65_HS1-834228961_62-HQ-83894_Serial_130
Agency: FBI
Page 90
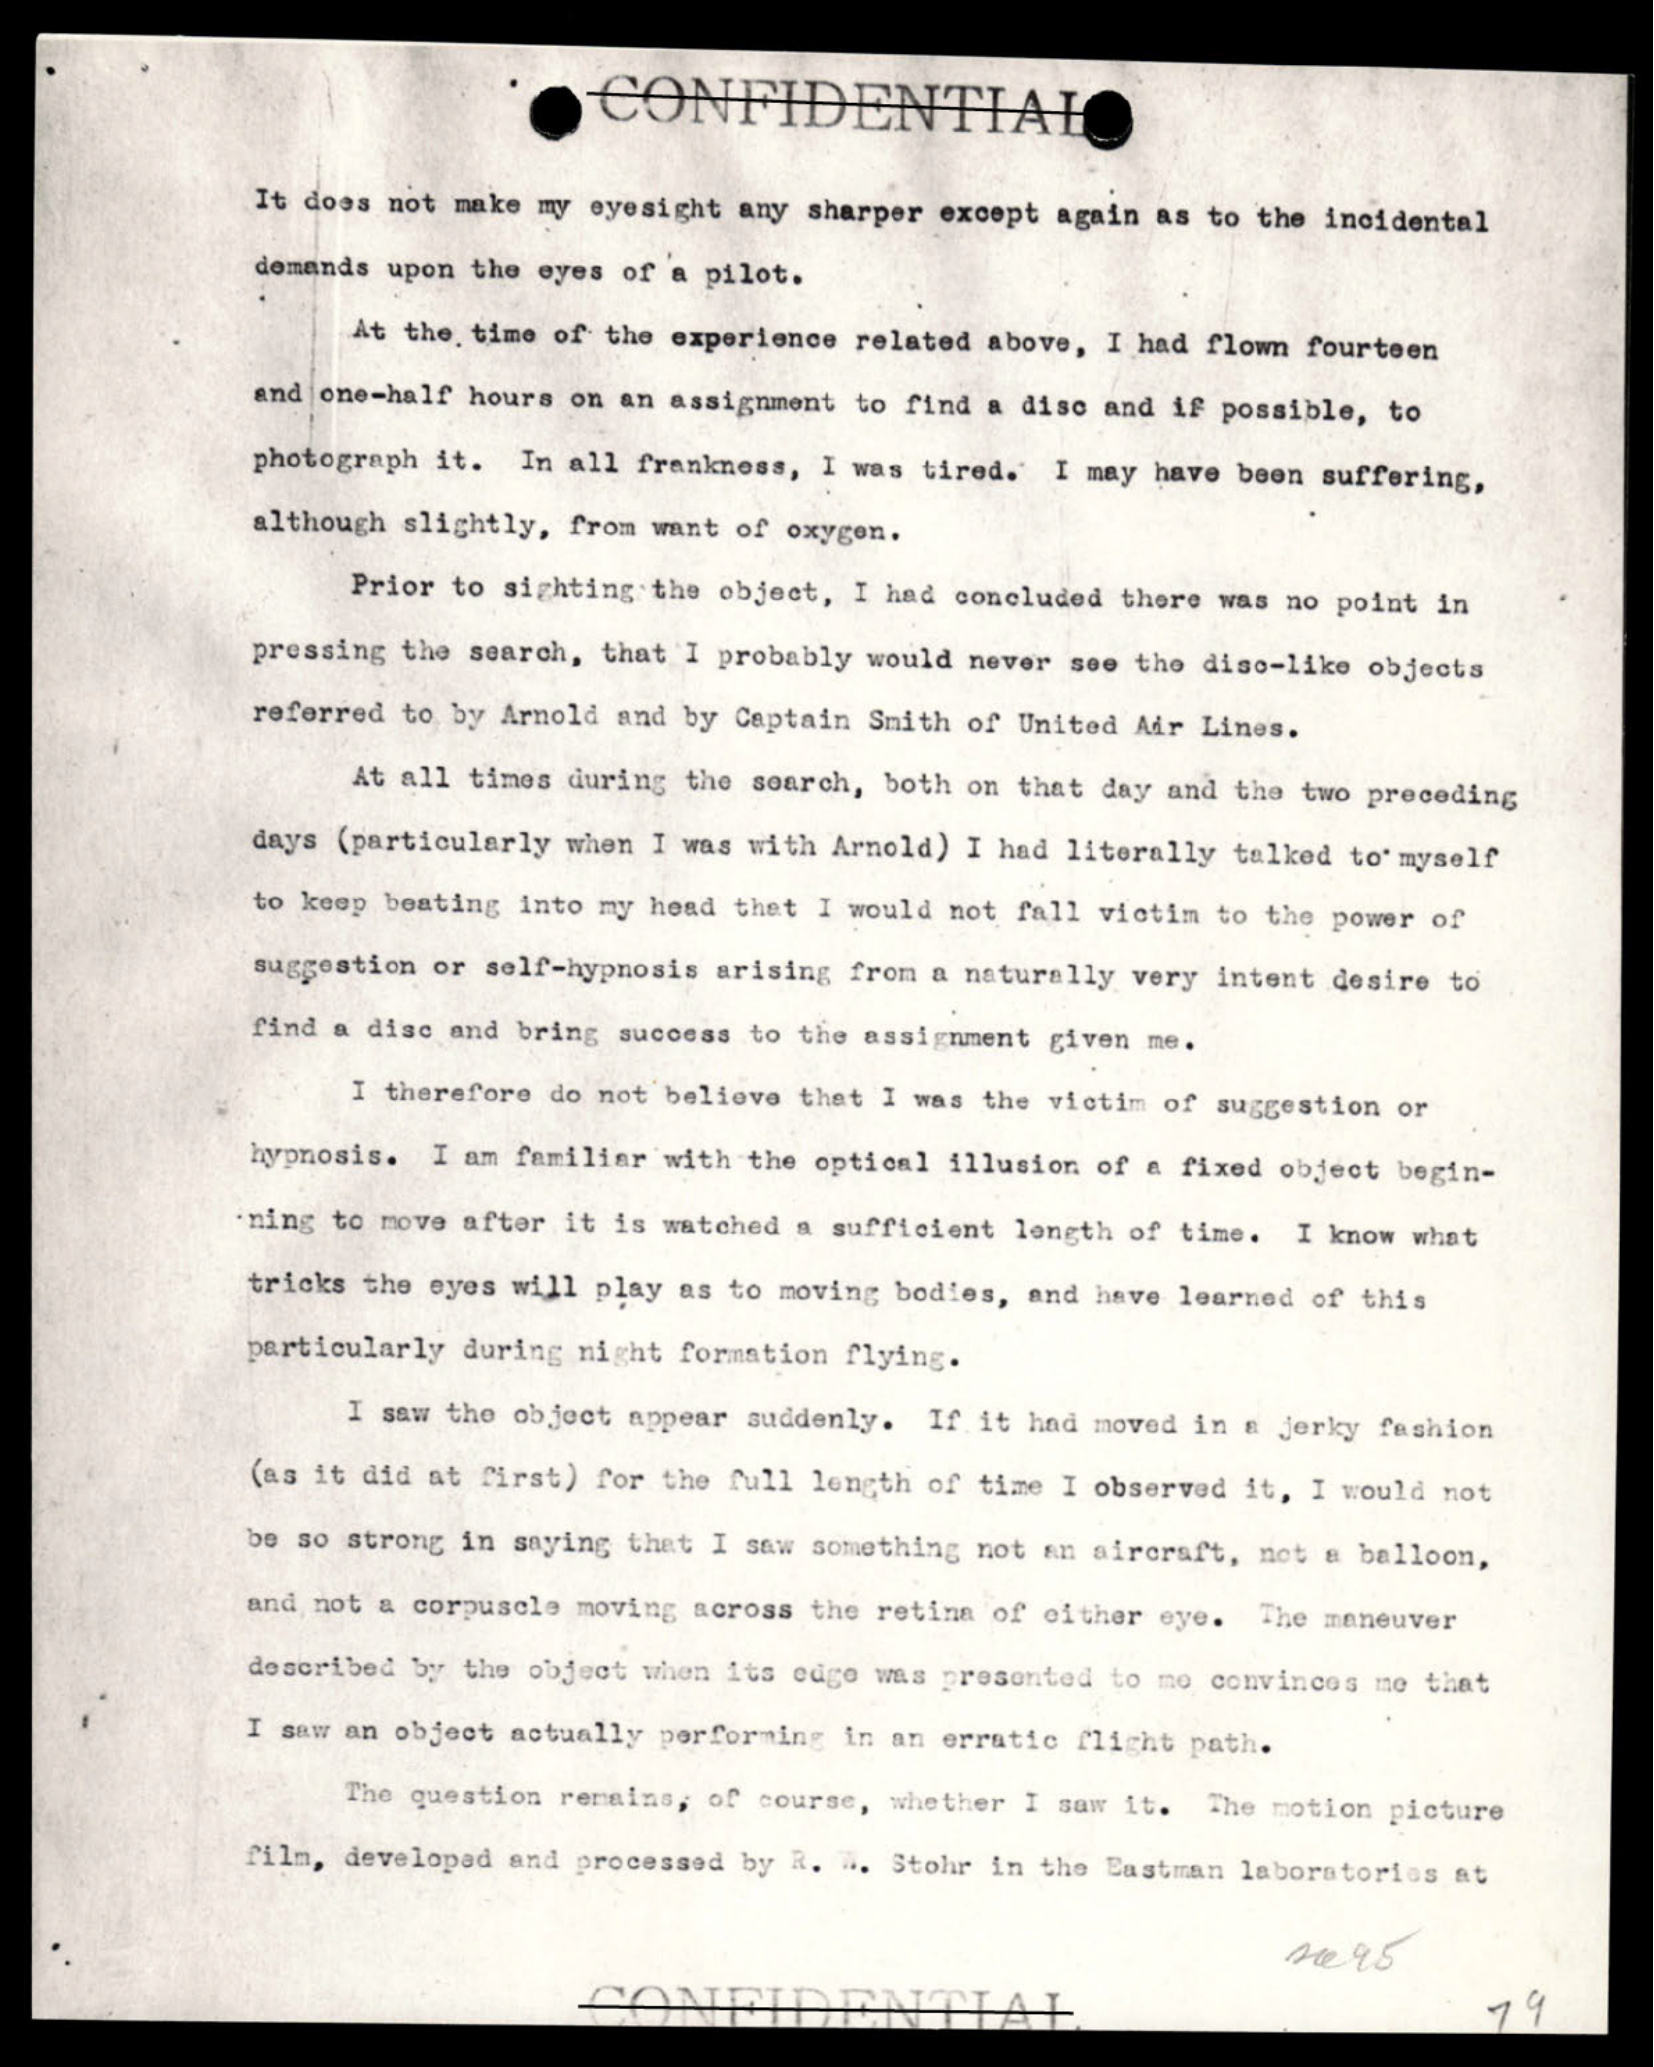